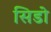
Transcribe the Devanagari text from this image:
सिडो